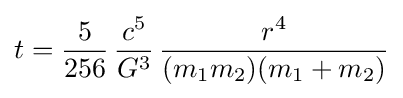
t={\frac {5}{256}}\,{\frac {c^{5}}{G^{3}}}\,{\frac {r^{4}}{(m_{1}m_{2})(m_{1}+m_{2})}}